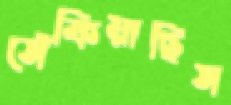
সেঁকিয়াছিস